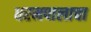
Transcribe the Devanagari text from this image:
धरमपालाचा